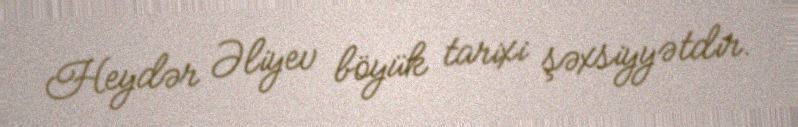
Heydər Əliyev böyük tarixi şəxsiyyətdir.